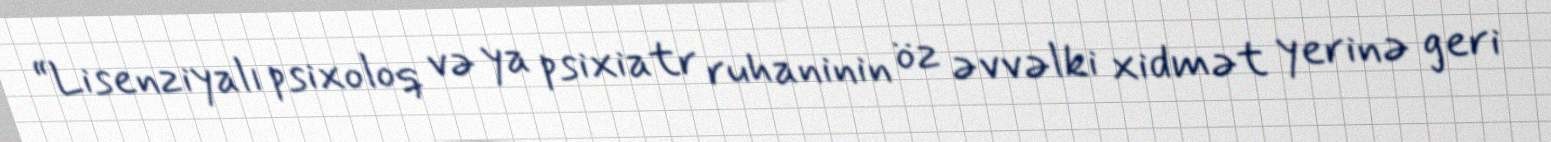
“Lisenziyalı psixoloq və ya psixiatr ruhaninin öz əvvəlki xidmət yerinə geri